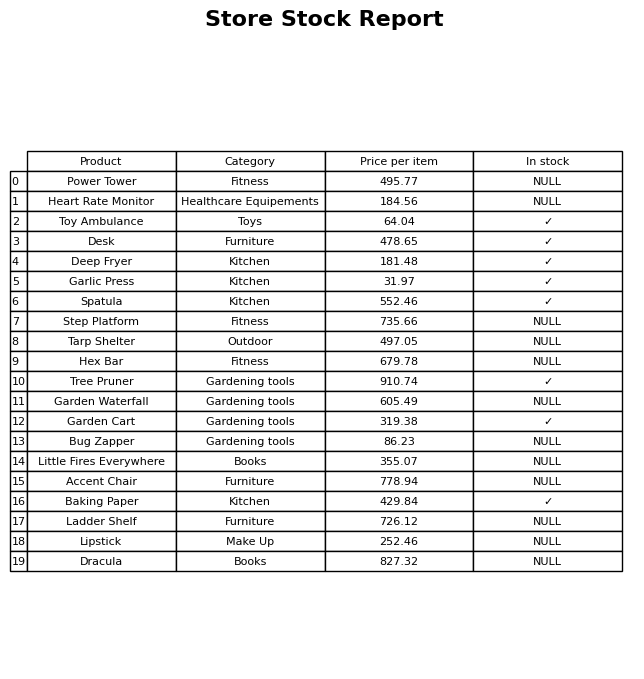
question: What is the stock status of the Spatula?
answer: ✓